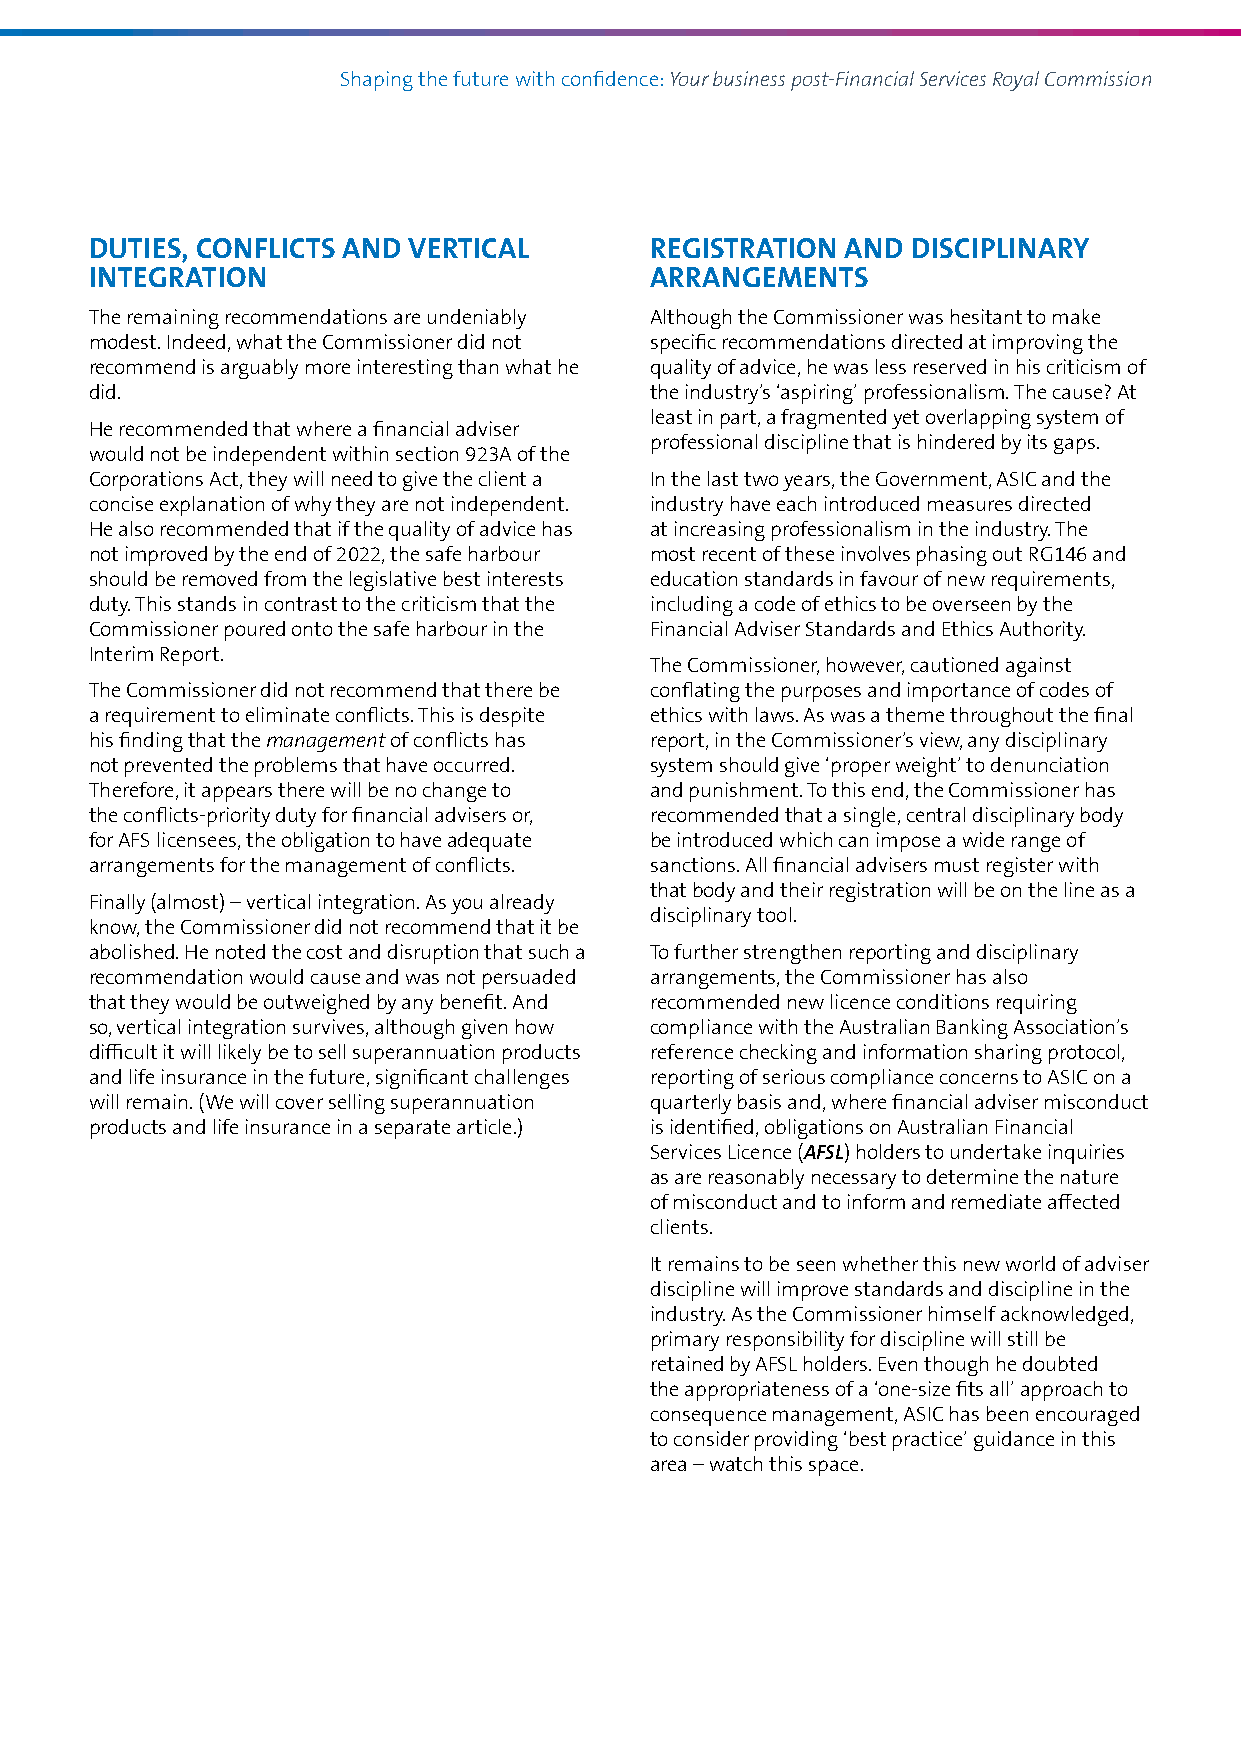
Shaping the future with confidence: Your business post‑Financial Services Royal Commission
 DUTIES, CONFLICTS AND VERTICAL       REGISTRATION AND DISCIPLINARY
 INTEGRATION                          ARRANGEMENTS
 The remaining recommendations are undeniably Although the Commissioner was hesitant to make
 modest. Indeed, what the Commissioner did not specific recommendations directed at improving the
 recommend is arguably more interesting than what he quality of advice, he was less reserved in his criticism of
 did.                                 the industry’s ‘aspiring’ professionalism. The cause? At
 least in part, a fragmented yet overlapping system of
 He recommended that where a financial adviser
 professional discipline that is hindered by its gaps.
 would not be independent within section 923A of the
 Corporations Act, they will need to give the client a In the last two years, the Government, ASIC and the
 concise explanation of why they are not independent. industry have each introduced measures directed
 He also recommended that if the quality of advice has at increasing professionalism in the industry. The
 not improved by the end of 2022, the safe harbour most recent of these involves phasing out RG146 and
 should be removed from the legislative best interests education standards in favour of new requirements,
 duty. This stands in contrast to the criticism that the including a code of ethics to be overseen by the
 Commissioner poured onto the safe harbour in the Financial Adviser Standards and Ethics Authority.
 Interim Report.
 The Commissioner, however, cautioned against
 The Commissioner did not recommend that there be conflating the purposes and importance of codes of
 a requirement to eliminate conflicts. This is despite ethics with laws. As was a theme throughout the final
 his finding that the management of conflicts has report, in the Commissioner’s view, any disciplinary
 not prevented the problems that have occurred. system should give ‘proper weight’ to denunciation
 Therefore, it appears there will be no change to and punishment. To this end, the Commissioner has
 the conflicts‑priority duty for financial advisers or, recommended that a single, central disciplinary body
 for AFS licensees, the obligation to have adequate be introduced which can impose a wide range of
 arrangements for the management of conflicts. sanctions. All financial advisers must register with
 that body and their registration will be on the line as a
 Finally (almost) – vertical integration. As you already
 disciplinary tool.
 know, the Commissioner did not recommend that it be
 abolished. He noted the cost and disruption that such a To further strengthen reporting and disciplinary
 recommendation would cause and was not persuaded arrangements, the Commissioner has also
 that they would be outweighed by any benefit. And recommended new licence conditions requiring
 so, vertical integration survives, although given how compliance with the Australian Banking Association’s
 difficult it will likely be to sell superannuation products reference checking and information sharing protocol,
 and life insurance in the future, significant challenges reporting of serious compliance concerns to ASIC on a
 will remain. (We will cover selling superannuation quarterly basis and, where financial adviser misconduct
 products and life insurance in a separate article.) is identified, obligations on Australian Financial
 Services Licence (AFSL) holders to undertake inquiries
 as are reasonably necessary to determine the nature
 of misconduct and to inform and remediate affected
 clients.
 It remains to be seen whether this new world of adviser
 discipline will improve standards and discipline in the
 industry. As the Commissioner himself acknowledged,
 primary responsibility for discipline will still be
 retained by AFSL holders. Even though he doubted
 the appropriateness of a ‘one‑size fits all’ approach to
 consequence management, ASIC has been encouraged
 to consider providing ‘best practice’ guidance in this
 area – watch this space.